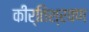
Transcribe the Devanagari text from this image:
कीर्तिश्रवण